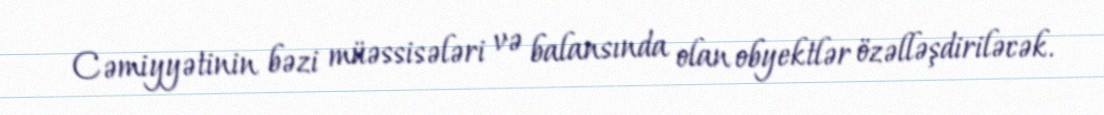
Cəmiyyətinin bəzi müəssisələri və balansında olan obyektlər özəlləşdiriləcək.